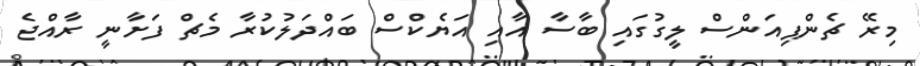
މިރޭ ޗެންޕިއަންސް ލީގުގައި ބާސާ އާއި އަޔެކްސް ބައްދަލުކުރާ މެޗް ފަށާނީ ރާއްޖެ